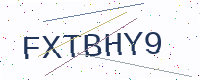
Text: FXTBHY9